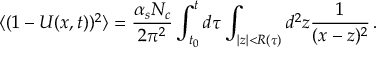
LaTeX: \langle ( 1 - U ( x , t ) ) ^ { 2 } \rangle = { \frac { \alpha _ { s } N _ { c } } { 2 \pi ^ { 2 } } } \int _ { t _ { 0 } } ^ { t } d \tau \int _ { | z | < R ( \tau ) } d ^ { 2 } z { \frac { 1 } { ( x - z ) ^ { 2 } } } \, .